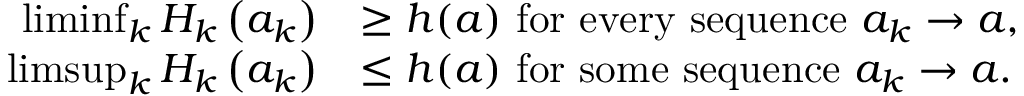
\begin{array} { r l } { \operatorname* { l i m i n f } _ { k } H _ { k } \left( a _ { k } \right) } & { \geq h ( a ) \mathrm { ~ f o r ~ e v e r y ~ s e q u e n c e ~ } a _ { k } \rightarrow a , } \\ { \operatorname* { l i m s u p } _ { k } H _ { k } \left( a _ { k } \right) } & { \leq h ( a ) \mathrm { ~ f o r ~ s o m e ~ s e q u e n c e ~ } a _ { k } \rightarrow a . } \end{array}